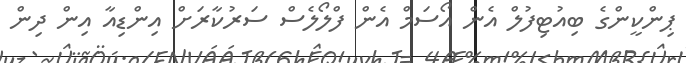
ޕިންކީންގެ ބިއުޓިފުލް އެން އޯސަމް އެން ފްލޯލެސް ސަރުކާރަށް އިންޑިއާ އިން ދިން